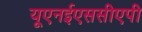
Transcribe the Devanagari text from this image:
यूएनईएससीएपी